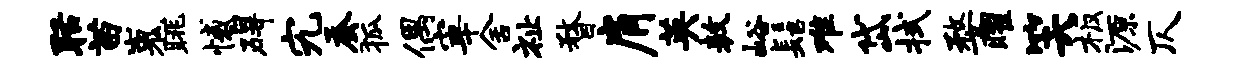
聒苗嵬眺憾碍究蚕狐偶宰舍祉瞀肩英敖峪髻难岱拭婺曜笑板源仄